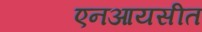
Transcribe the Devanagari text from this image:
एनआयसीत